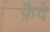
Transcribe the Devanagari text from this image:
फ़ैदे